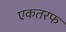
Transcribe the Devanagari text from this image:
एकतरफ